Annual report of the Punjab Veterinary College and of the Civil Veterinary Department, Punjab - 1926-1932
Year: 1926
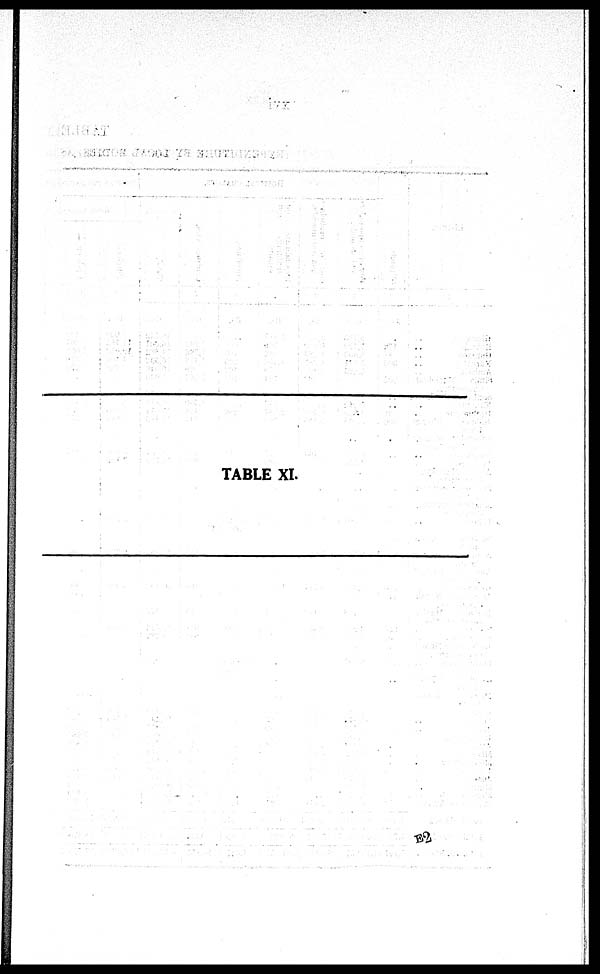
TABLE XI.
E2